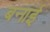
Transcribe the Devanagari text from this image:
बनार्इ